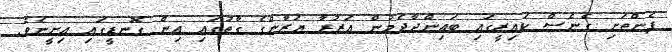
ފެންތަށި ގެނެސް ކައިރީގައި ބައިންދާދެމުން އަޒުރާ ޔަޒާންގެ ގާތުގައި އިން ގޮނޑީގައި އިށީނެވެ.